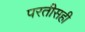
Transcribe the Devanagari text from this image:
परतीसही